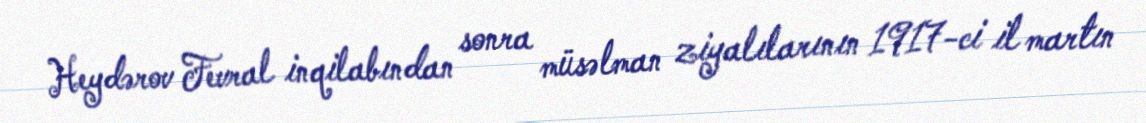
Heydərov Fevral inqilabından sonra müsəlman ziyalılarının 1917-ci il martın